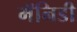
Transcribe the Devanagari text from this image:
मॅनिडी